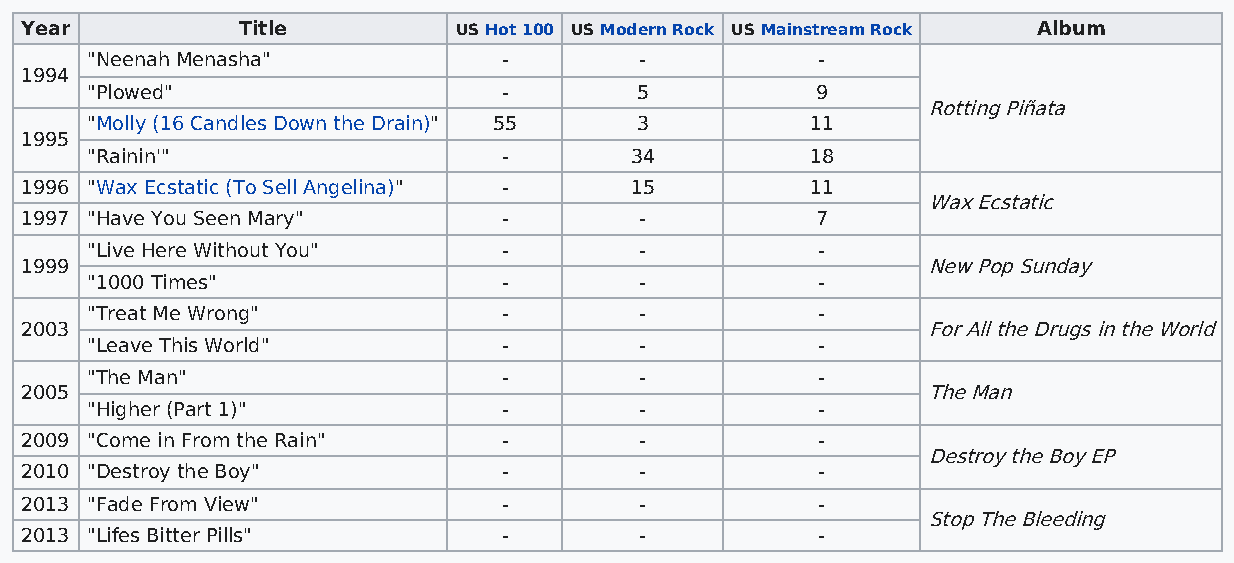
Year           Title         US Hot 100 US Modern Rock US Mainstream Rock Album
 "Neenah Menasha"           -        -           -
 1994
 "Plowed"                   -        5           9
 Rotting Piñata
 "Molly (16 Candles Down the Drain)" 55 3        11
 1995
 "Rainin'"                  -        34          18
 1996 "Wax Ecstatic (To Sell Angelina)" - 15          11
 Wax Ecstatic
 1997 "Have You Seen Mary"       -        -           7
 "Live Here Without You"    -        -           -
 1999                                                        New Pop Sunday
 "1000 Times"               -        -           -
 "Treat Me Wrong"           -        -           -
 2003                                                        For All the Drugs in the World
 "Leave This World"         -        -           -
 "The Man"                  -        -           -
 2005                                                        The Man
 "Higher (Part 1)"          -        -           -
 2009 "Come in From the Rain"    -        -           -
 Destroy the Boy EP
 2010 "Destroy the Boy"          -        -           -
 2013 "Fade From View"           -        -           -
 Stop The Bleeding
 2013 "Lifes Bitter Pills"       -        -           -